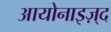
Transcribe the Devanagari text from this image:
आयोनाइज़्द